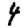
Digit: 4